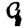
Digit: 9